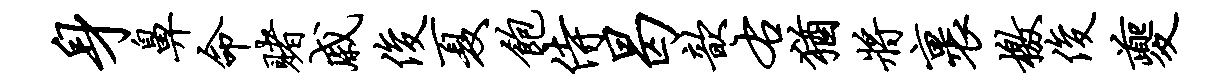
身鼻命赌戚俊夏饱侍曷歆右犹将裹檄俊夔